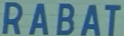
RABAT